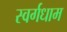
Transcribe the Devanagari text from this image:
स्वर्गधाम